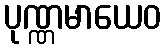
ပုဏ္ဏမာယေဝ